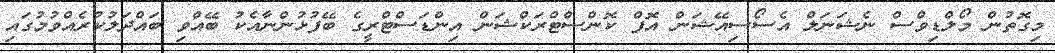
މިގޮތުން މޯލްޑިވްސް ނެޝަނަލް އެސޯސިއޭޝަން އޮފް ކޮންސްޓްރަކްޝަން އިންޑަސްޓްރީގެ ބޭފުޅުންނާއެކު ބޭއްވި ބައްދަލުކުރެއްވުމުގައި